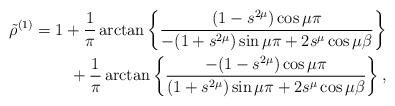
LaTeX: \begin{align*}&{\tilde{\rho}^{(1)}}=1+{\frac{1}{\pi}}\arctan\left\{{\frac{(1-s^{2\mu})\cos\mu\pi}{-(1+s^{2\mu})\sin\mu\pi+2s^\mu\cos\mu\beta}}\right\}\\&~~~~~~~~~~~+{\frac{1}{\pi}}\arctan\left\{{\frac{-(1-s^{2\mu})\cos{\mu\pi}}{(1+s^{2\mu})\sin\mu\pi+2s^{\mu}\cos\mu\beta}}\right\},\end{align*}